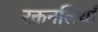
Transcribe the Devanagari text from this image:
रक्तनलियाँ